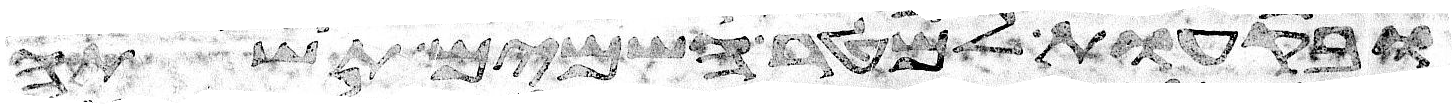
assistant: ובקעות למטר השמים תשתה